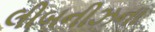
લીબનીઝના